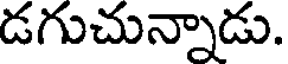
డగుచున్నాడు.